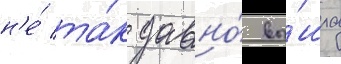
н'е́ та́к давно́ вы́шла